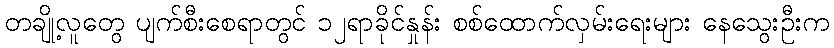
တချို့လူတွေ ပျက်စီးစေရာတွင် ၁၂ရာခိုင်နှုန်း စစ်ထောက်လှမ်းရေးများ နေသွေးဦးက